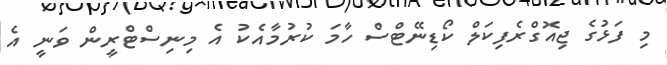
މި ފަޅުގެ ޖިއޮގްރެފިކަލް ކޯޑިނޭޓްސް ހާމަ ކުރުމާއެކު އެ މިނިސްޓްރީން ވަނީ އެ